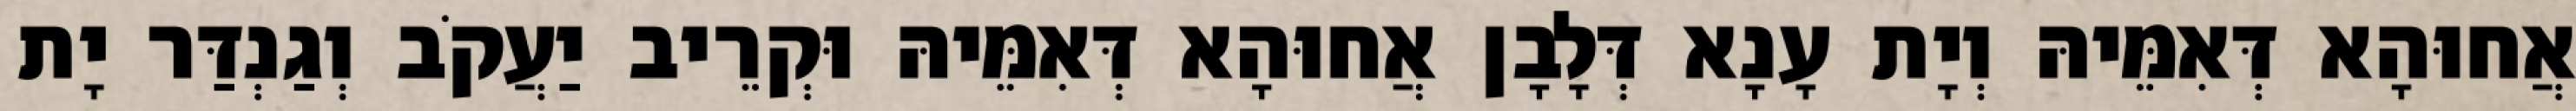
אֲחוּהָא דְּאִמֵּיהּ וְיָת עָנָא דְּלָבָן אֲחוּהָא דְּאִמֵּיהּ וּקְרֵיב יַעֲקֹב וְגַנְדַּר יָת